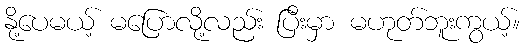
နို့ပေမယ့် မပြောလို့လည်း ပြီးမှာ မဟုတ်ဘူးကွယ့်။